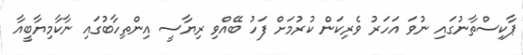
ޕާކިސްތާނުގައި ނުވަ އަހަރު ވެރިކަން ކުރުމަށް ފަހު ބޭއްވި ރިޔާސީ އިންތިހާބުގައި ނާކާމިޔާބީއާ